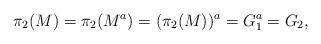
LaTeX: \begin{align*}\pi_2(M)=\pi_2(M^a)=(\pi_2(M))^a=G_1^a=G_2,\end{align*}